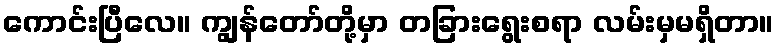
ကောင်းပြီလေ။ ကျွန်တော်တို့မှာ တခြားရွေးစရာ လမ်းမှမရှိတာ။